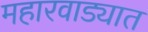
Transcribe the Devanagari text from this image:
महारवाड्यात